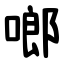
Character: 啷